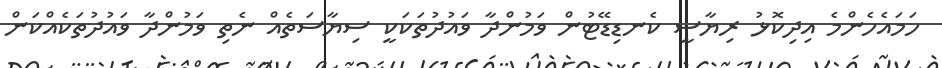
ހަމައެހެންމެ އިދިކޮޅު ރިޔާސީ ކެނޑިޑޭޓުން ވަމުންދާ ވައުދުތަކަކީ ސިޔާސަތެއް ނެތި ވަމުންދާ ވައުދުތަކެއްކަން